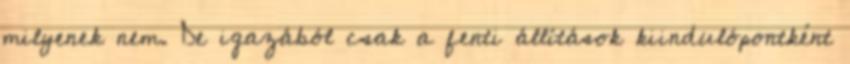
milyenek nem. De igazából csak a fenti állítások kiindulópontként